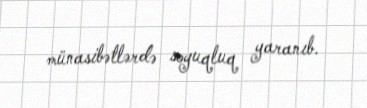
münasibətlərdə soyuqluq yaranıb.